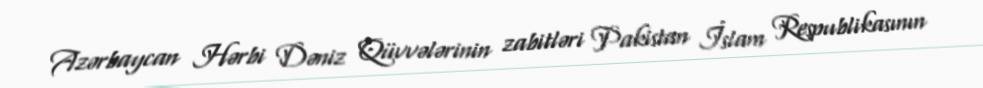
Azərbaycan Hərbi Dəniz Qüvvələrinin zabitləri Pakistan İslam Respublikasının